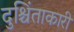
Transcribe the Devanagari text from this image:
दुश्चिंताकारी